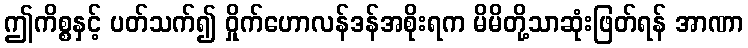
ဤကိစ္စနှင့် ပတ်သက်၍ ဝှိုက်ဟောလန်ဒန်အစိုးရက မိမိတို့သာဆုံးဖြတ်ရန် အာဏာ